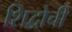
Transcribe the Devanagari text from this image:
शिद्वोची